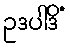
ဥဒပါဒိံ